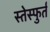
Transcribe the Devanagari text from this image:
स्तेस्फुर्त